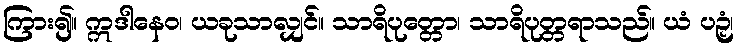
ကြား၍။ ဣဒါနေဝ၊ ယခုသာလျှင်။ သာရိပုတ္တော၊ သာရိပုတ္တရာသည်။ ယံ ပဉှံ၊